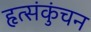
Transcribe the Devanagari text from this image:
हृत्संकुंचन